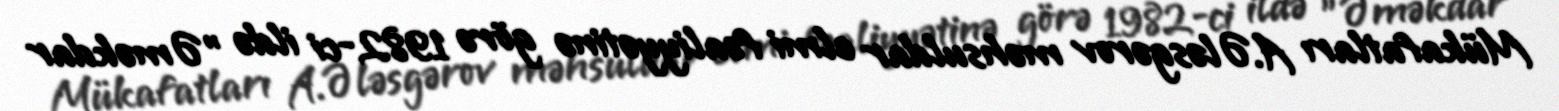
Mükafatları A.Ələsgərov məhsuldar elmi fəaliyyətinə görə 1982-ci ildə "Əməkdar